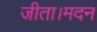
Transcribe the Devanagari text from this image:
जीता।मदन